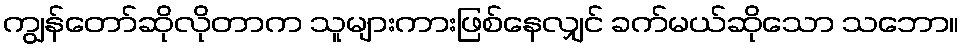
ကျွန်တော်ဆိုလိုတာက သူများကားဖြစ်နေလျှင် ခက်မယ်ဆိုသော သဘော။